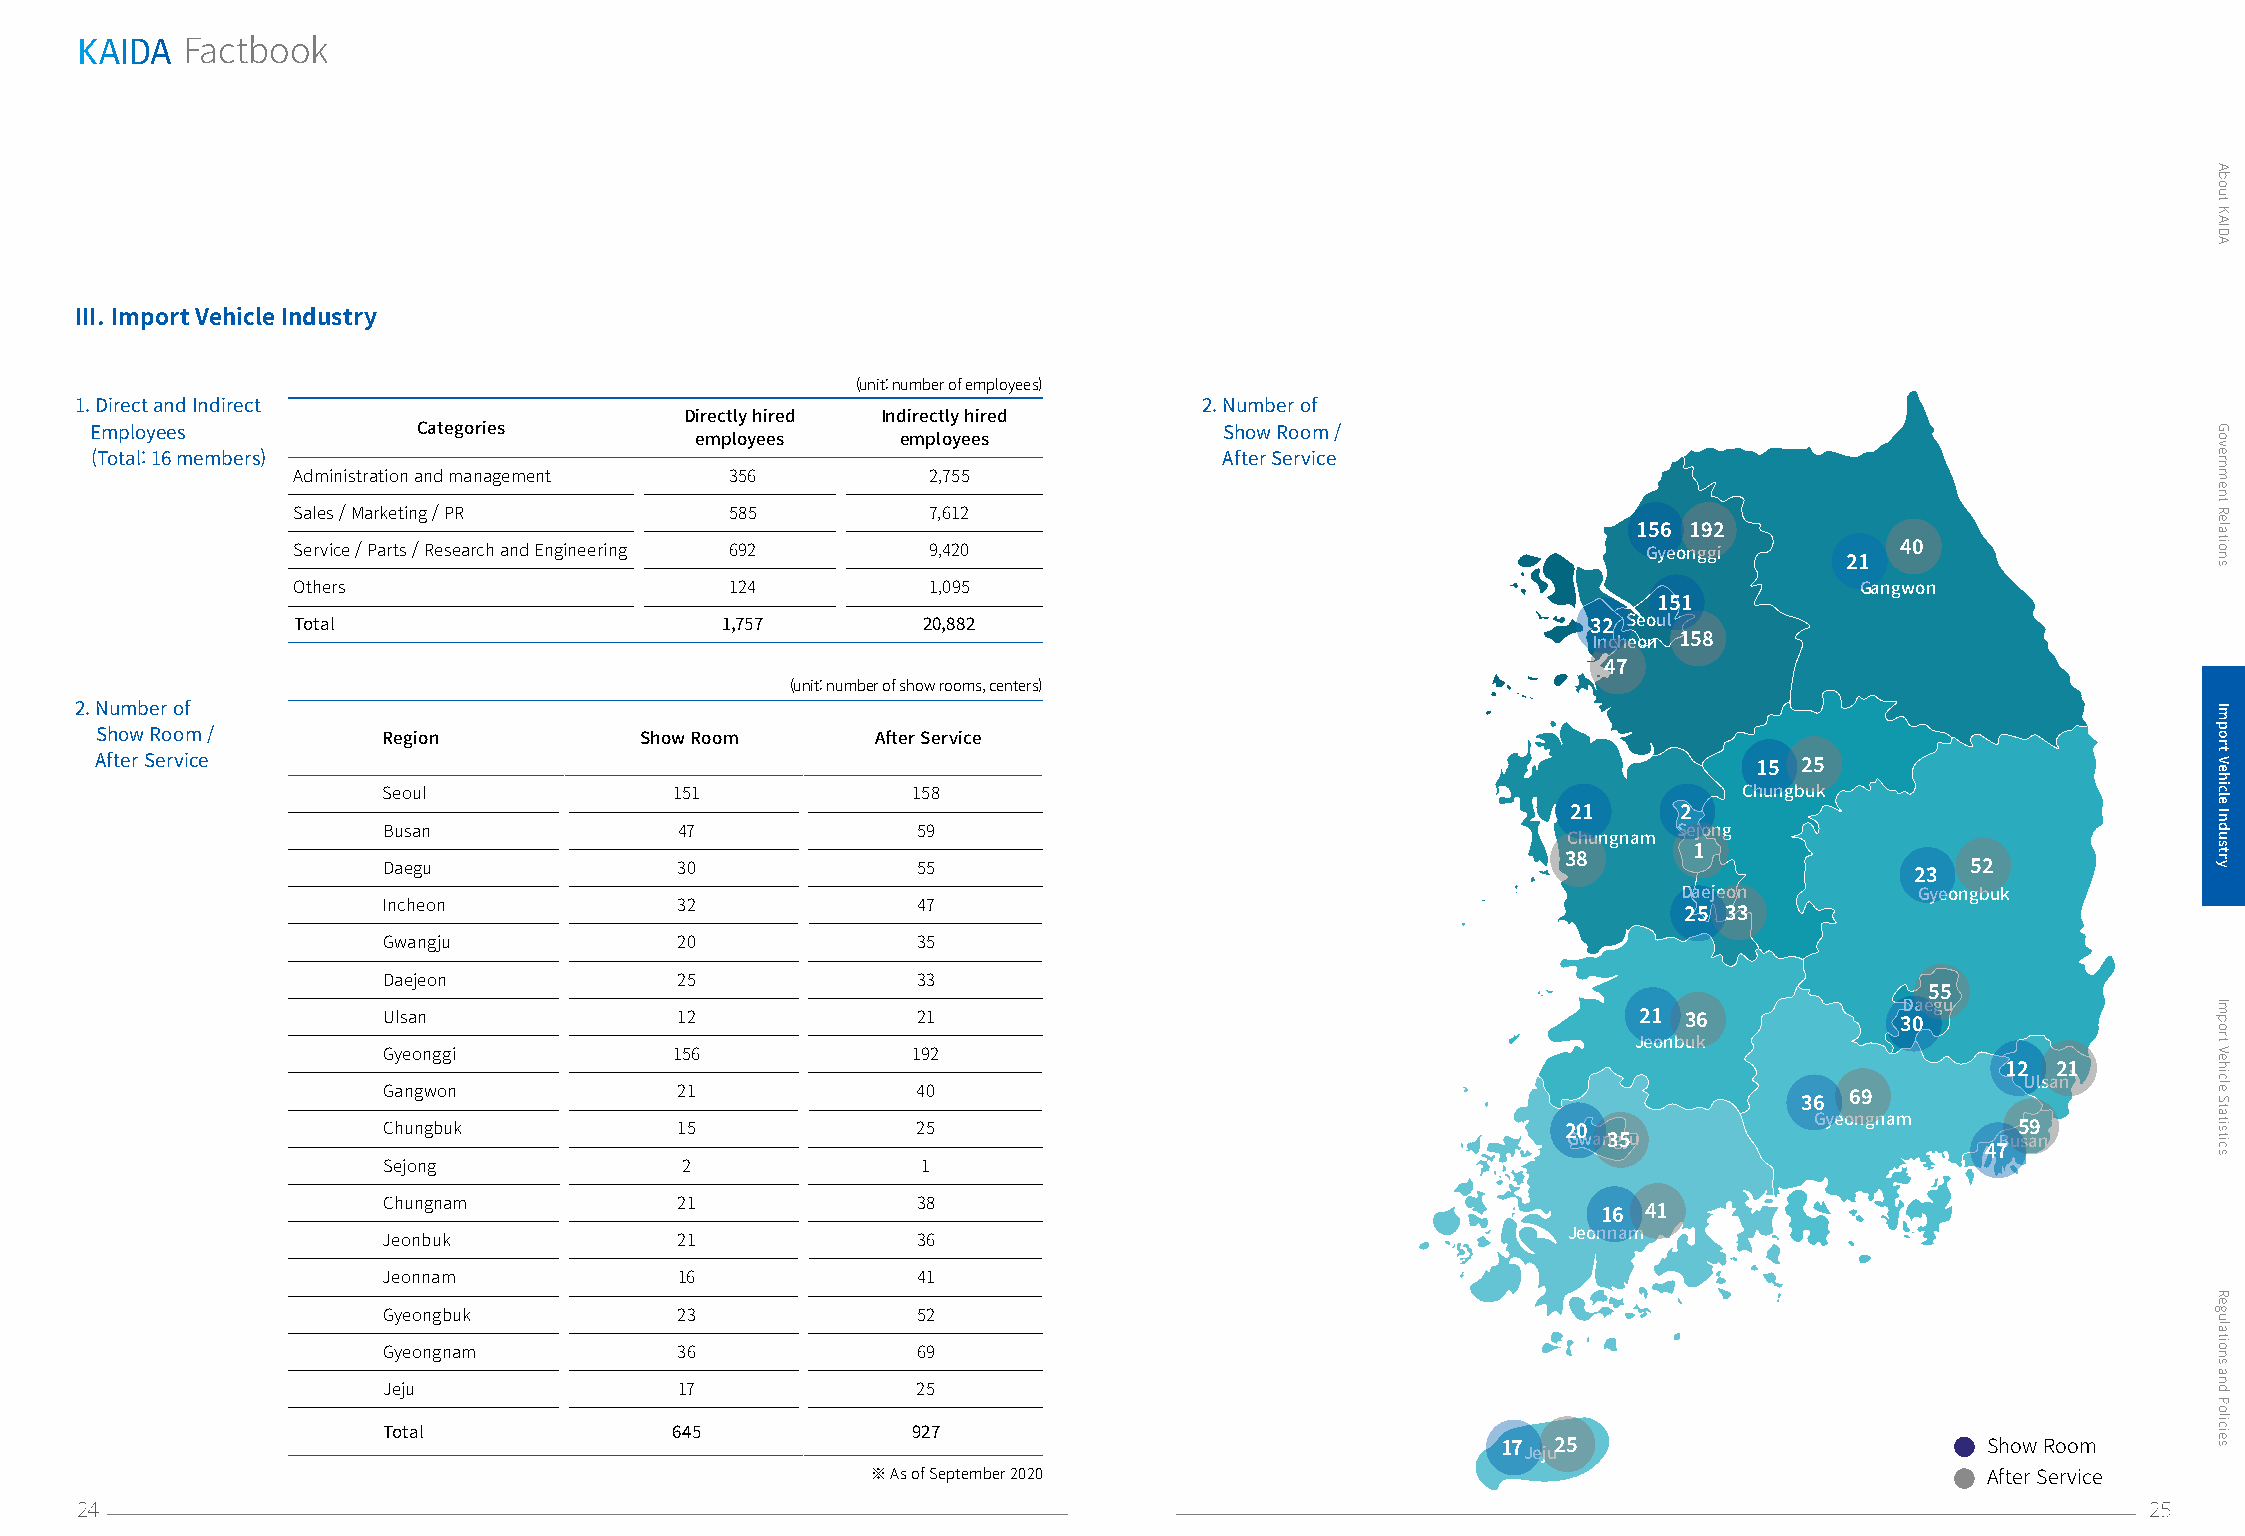
KAIDA
 Factbook
 III. Import Vehicle Industry
 (unit: number of employees)
 1. Direct and Indirect                                                     2. Number of
 Directly hired Indirectly hired
 Employees             Categories        employees     employees            Show Room /
 (Total: 16 members)                                                        After Service
 Administration and management 356         2,755
 Sales / Marketing / PR       585           7,612
 156 192
 Service / Parts / Research and Engineering 692 9,420                                      Gyeonggi         40
 21
 Others                       124          1,095                                                         Gangwon
 151
 Total                        1,757        20,882                                      32 Seoul
 Incheon 158
 47
 (unit: number of show rooms, centers)
 2. Number of
 Show Room /        Region           Show Room       After Service
 After Service                                                                                                 15 25
 Seoul               151            158                                                    Chungbuk
 21     2
 Busan               47              59                                                Sejong
 Chungnam
 1
 38
 Daegu               30              55                                                                   52
 23
 Daejeon         Gyeongbuk
 Incheon             32              47
 25 33
 Gwangju             20              35
 Daejeon             25              33
 55
 Daegu
 Ulsan               12              21                                             21 36             30
 Jeonbuk
 Gyeonggi            156            192
 12 21
 Ulsan
 Gangwon             21              40
 69
 36
 Gyeongnam
 Chungbuk            15              25                                         20                            59
 Gwan3g5ju                   Busan
 47
 Sejong              2               1
 Chungnam            21              38
 16 41
 Jeonnam
 Jeonbuk             21              36
 Jeonnam             16              41
 Gyeongbuk           23              52
 Gyeongnam           36              69
 Jeju                17              25
 Total              645             927
 17Jeju25                         Show Room
 ※ As of September 2020                                                    After Service
 24                                                                                                                                       25
 About
 KAIDA
 Government
 Relations
 Import
 Vehicle
 Industry
 Import
 Vehicle
 Statistics
 Regulations
 and
 Policies